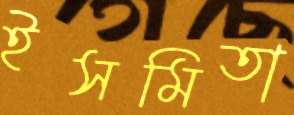
ইসমিতা